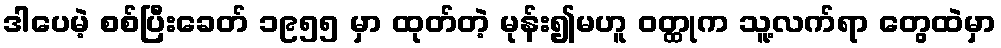
ဒါပေမဲ့ စစ်ပြီးခေတ် ၁၉၅၅ မှာ ထုတ်တဲ့ မုန်း၍မဟူ ဝတ္ထုက သူ့လက်ရာ တွေထဲမှာ